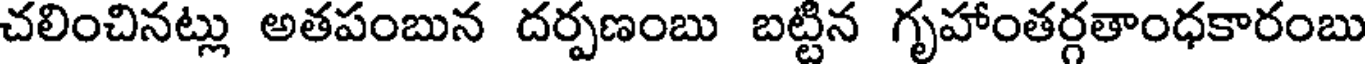
చలించినట్లు అతపంబున దర్పణంబు బట్టిన గృహాంతర్గతాంధకారంబు